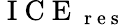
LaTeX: \mathrm{~I~C~E~}_{\mathrm{~r~e~s~}}